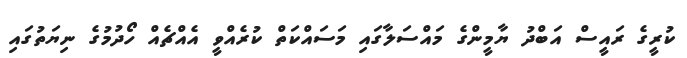
ކުރީގެ ރައީސް އަބްދު ޔާމީންގެ މައްސަލާގައި މަސައްކަތް ކުރެއްވީ އެއްޗެއް ހޯދުމުގެ ނިޔަތުގައި